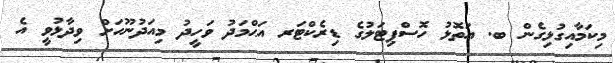
މިކަމާއިގުޅިގެން ބ. އަތޮޅު ހޮސްޕިޓަލުގެ ޑިރެކްޓަރ އަޙްމަދު ވަހީދު މިއަދުނޫހަށް ވިދާޅުވީ އެ